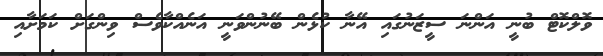
ވޮލްކޮޓް ބުނީ އަންނަ ސީޒަނުގައި އޭނާ ކުޅެން ބޭނުންވަނީ އަނެއްކާވެސް ވިންގަށް ކަމަށާއި